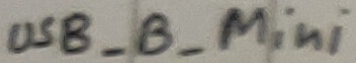
Text: USB_B_Mini